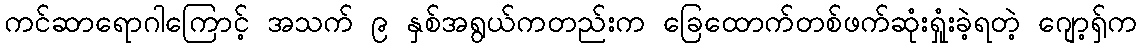
ကင်ဆာရောဂါကြောင့် အသက် ၉ နှစ်အရွယ်ကတည်းက ခြေထောက်တစ်ဖက်ဆုံးရှုံးခဲ့ရတဲ့ ဂျော့ရှ်က